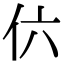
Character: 𠆾